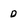
Character: D